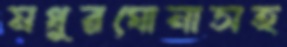
মধুরঘোনাসহ